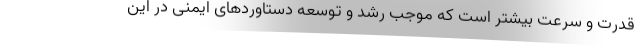
قدرت و سرعت بیشتر است که موجب رشد و توسعه دستاوردهای ایمنی در این